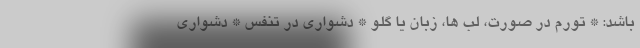
باشد: * تورم در صورت، لب ها، زبان یا گلو * دشواری در تنفس * دشواری